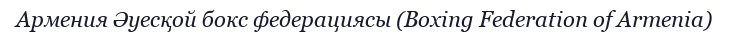
Армения Әуесқой бокс федерациясы (Boxing Federation of Armenia)